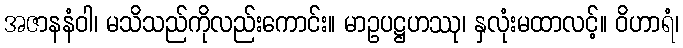
အဇာနနံဝါ၊ မသိသည်ကိုလည်းကောင်း။ မာဥပဋ္ဌဟဿု၊ နှလုံးမထာလင့်။ ဝိဟာရံ၊